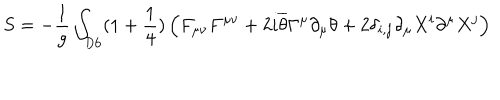
LaTeX: S = - \frac { 1 } { g } \int _ { D 6 } ( 1 + \frac { 1 } { 4 } ) \left( F _ { \mu \nu } F ^ { \mu \nu } + 2 i \overline { { { \theta } } } \Gamma ^ { \mu } \partial _ { \mu } \theta + 2 \delta _ { i , j } \partial _ { \mu } X ^ { i } \partial ^ { \mu } X ^ { j } \right)